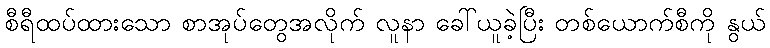
စီရီထပ်ထားသော စာအုပ်တွေအလိုက် လူနာ ခေါ်ယူခဲ့ပြီး တစ်ယောက်စီကို နွယ်